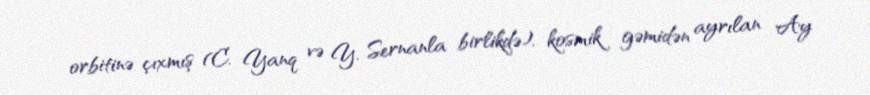
orbitinə çıxmış (C. Yanq və Y. Sernanla birlikdə), kosmik gəmidən ayrılan Ay